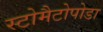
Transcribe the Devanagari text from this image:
स्टोमैटोपोडा